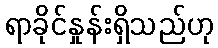
ရာခိုင်နှုန်းရှိသည်ဟု